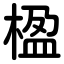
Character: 楹